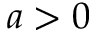
a > 0